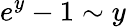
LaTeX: e^{y}-1\sim y